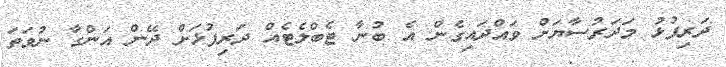
ދަރިފުޅު މަދަރުސާޔަށް ވައްދައިގެން އެ ބުނާ ޓެބްލެޓެއް ދަރިފުޅަށް ދޭން އަންގާ ނުވަތަ